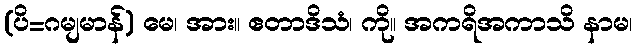
(ပိ=ဂမျမာန်) မေ၊ အား။ ဧတာဒိသံ၊ ကို။ အကရိအကာသိ နာမ၊